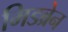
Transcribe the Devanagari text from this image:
मिडब्रेन